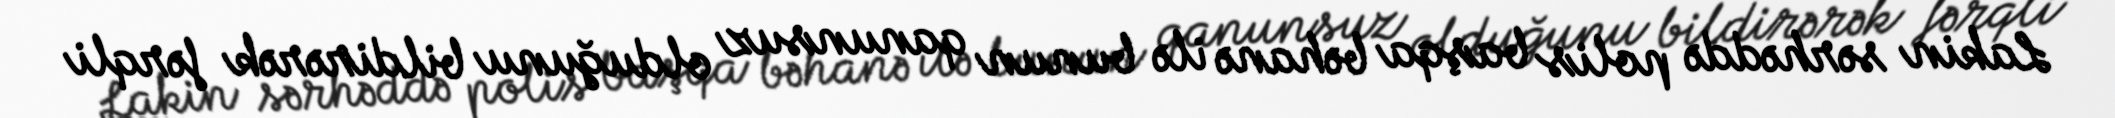
Lakin sərhəddə polis başqa bəhanə ilə bunun qanunsuz olduğunu bildirərək fərqli